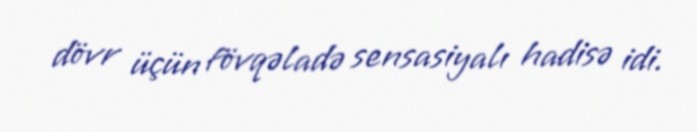
dövr üçün fövqəladə sensasiyalı hadisə idi.